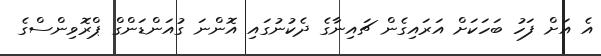
އެ އަށް ފަހު ބަހަކަށް އަރައިގެން ޗައިނާގެ ދެކުނުގައި އޮންނަ ގުއަންޑަންގް ޕްރޮވިންސްގެ